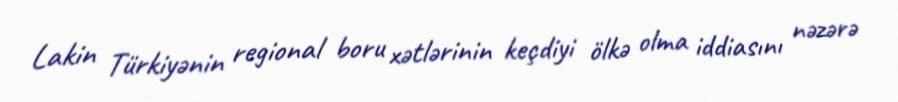
Lakin Türkiyənin regional boru xətlərinin keçdiyi ölkə olma iddiasını nəzərə